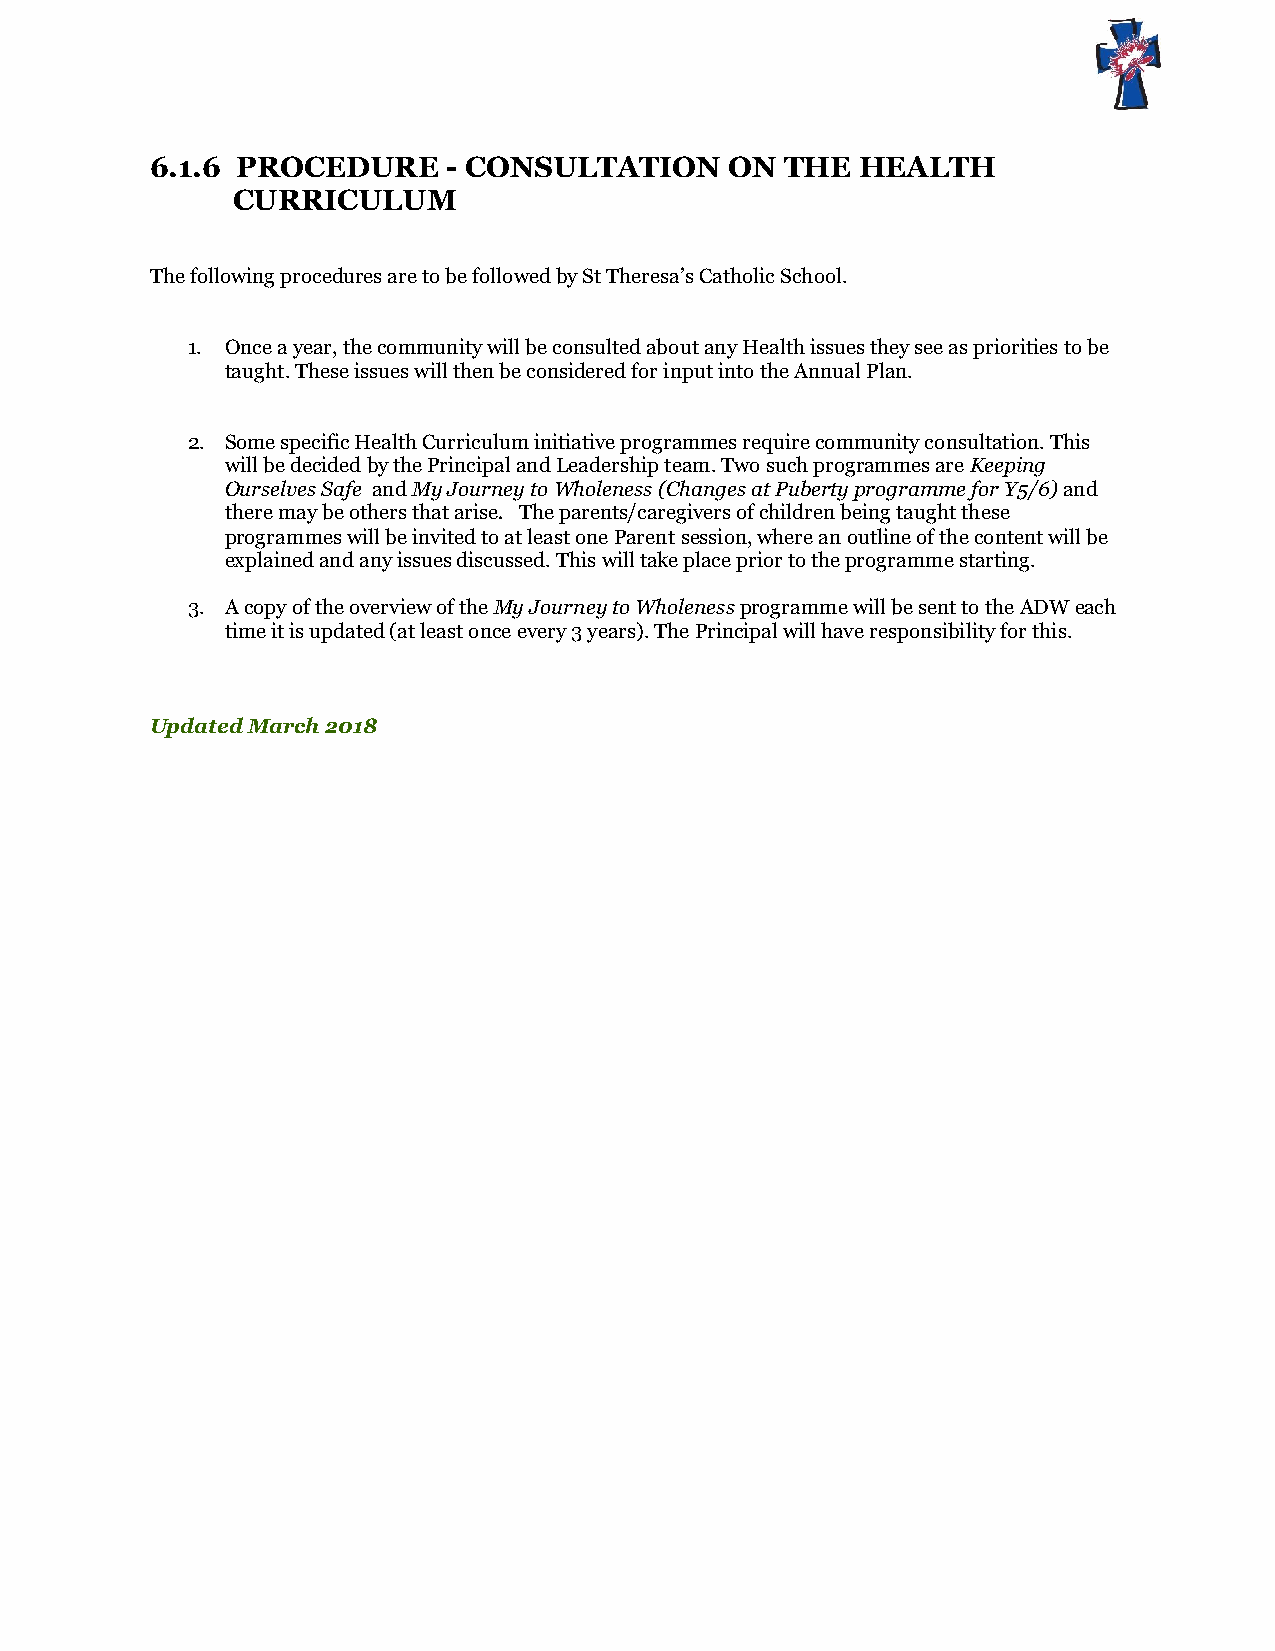
6.1.6 PROCEDURE     - CONSULTATION    ON  THE  HEALTH
 CURRICULUM
 The following procedures are to be followed by St Theresa’s Catholic School.
 1. Once a year, the community will be consulted about any Health issues they see as priorities to be
 taught. These issues will then be considered for input into the Annual Plan.
 2. Some specific Health Curriculum initiative programmes require community consultation. This
 will be decided by the Principal and Leadership team. Two such programmes are Keeping
 Ourselves Safe and My Journey to Wholeness (Changes at Puberty programme for Y5/6) and
 there may be others that arise. The parents/caregivers of children being taught these
 programmes will be invited to at least one Parent session, where an outline of the content will be
 explained and any issues discussed. This will take place prior to the programme starting.
 3. A copy of the overview of the My Journey to Wholeness programme will be sent to the ADW each
 time it is updated (at least once every 3 years). The Principal will have responsibility for this.
 Updated March 2018